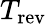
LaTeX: T_{\textrm{rev}}